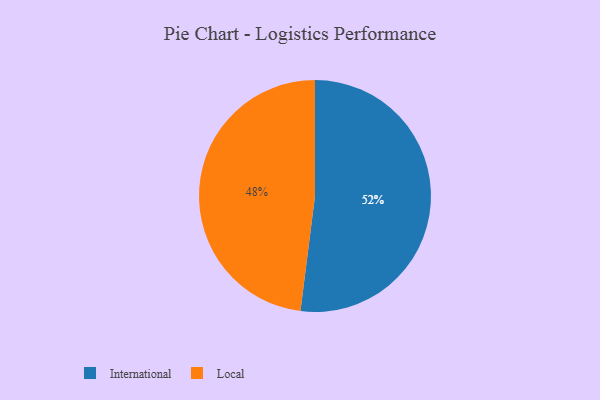
{"axis": {"x": "Category", "y": "Percentage"}, "legend": ["International", "Local"], "data": [{"x": "Local", "y": 48, "type": "Local"}, {"x": "International", "y": 52, "type": "International"}]}